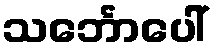
သင်္ဘောပေါ်